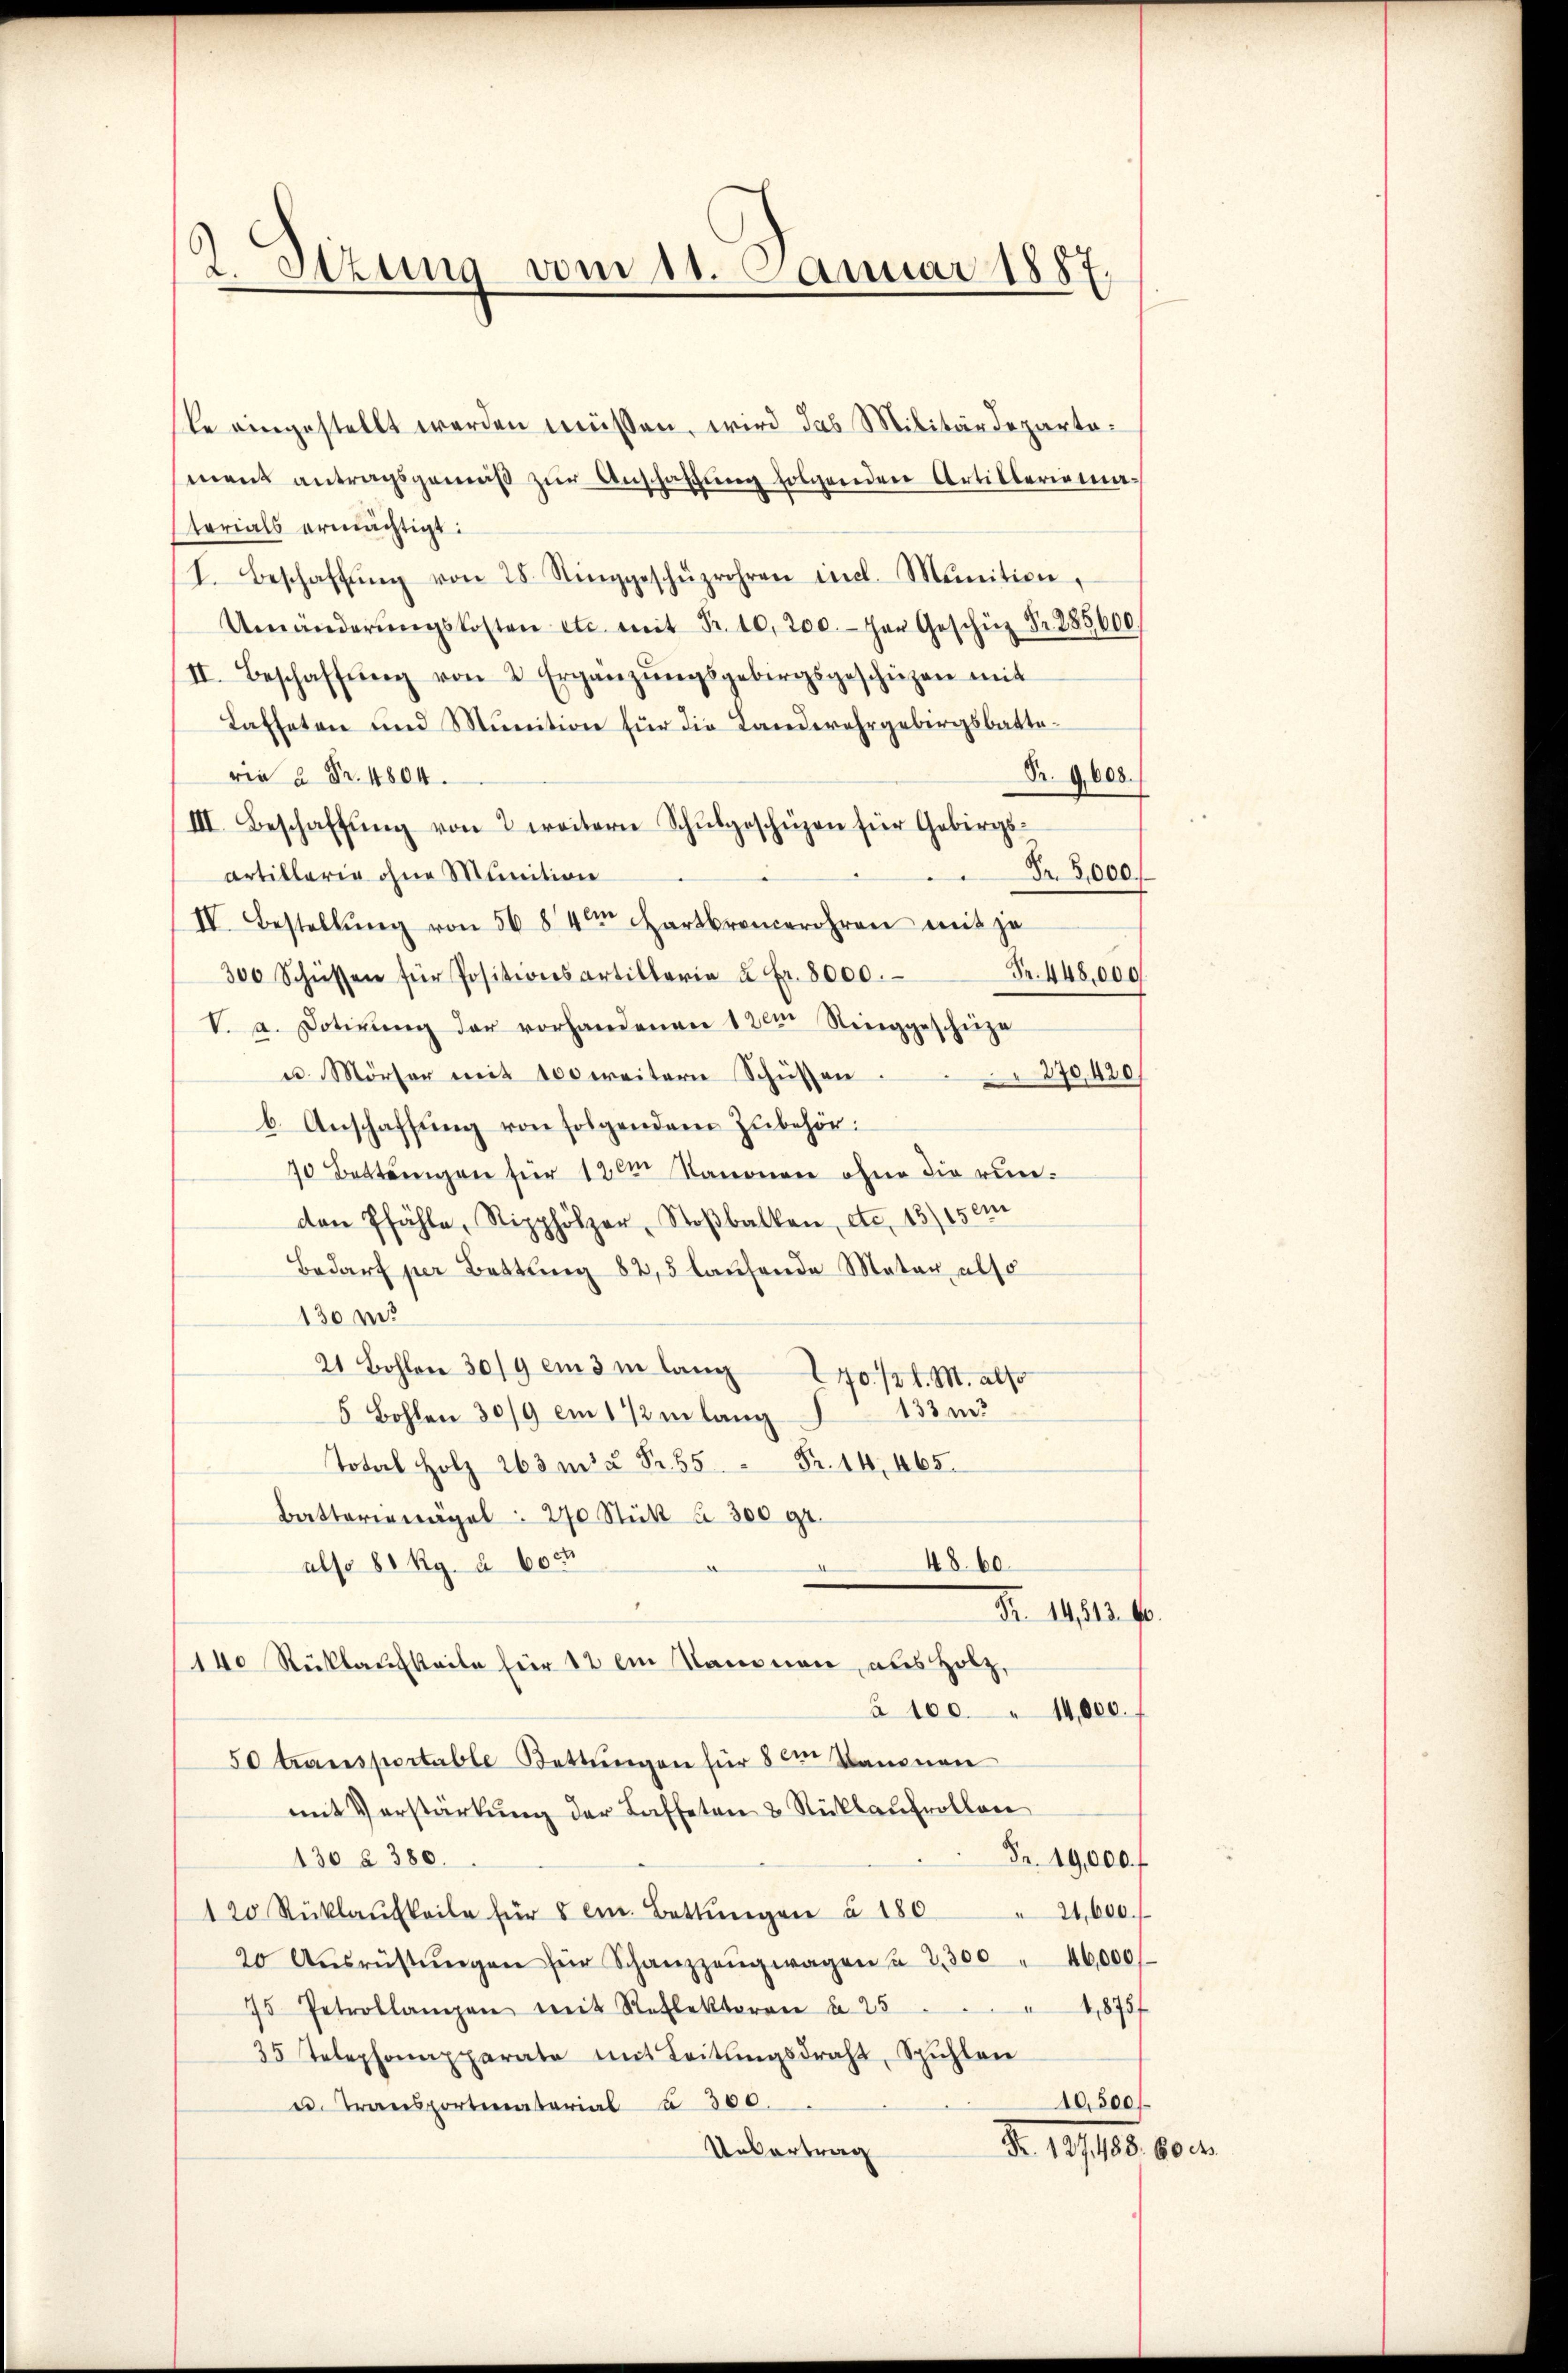
2 Sizung vom 11. Januar 1887.

sle eingestellt werden müssen, wird das Militärdepartement antragsgemäβ zŭr Anschaffŭng folgenden Artillerienaterials ermächtigt:
1. Beschaffŭng von 28. Ringgeschüzrohren incl. Munition,
Umänderŭngskosten etc. mit Fr. 10,200. an Geschüz Nr. 285600.
II. Beschaffŭng von 2 Ergänzŭngsgebirgsgeschützen mit
Laffeten und Munition für die Landwehrgebirgsbatte¬
Br. 9008.
rie 2 Fr. 1804.
III. Beschaffŭng von 2 weitern Schŭlgeschüzen für Gebirgs-
Fr. 2,000.
Artillarie ohne Munition
IV. Bestellŭng von 56 84 Hartbroncerohren mit je
300 Schüssen für Positionsartillaria u Fr. 8000. Fr. 448,000
V. a. Dotirŭng der vorhandenen 1 20m Ringgescheize
u. Mörser mit 100 weitern Schüssen.
270,420/
b. Anschaffung von folgendem Zubehör¬
70 Bettangen für 120 Nanonen ohne die runden Pfähle, Ripphölzer, Stoβbalken, etc. 13/15em
Bedarf per Bettung 82,5 laufende Mater also
130 m.
21 Bohlen 30/9 em 3 m lang 170 /2 l. M. also
133 m
5 Bohlen 30/9 am 1 1/2 in lang
Total Holz 263 m Fr. 55 Fr. 14. 465.
Batteringel : 270 Stück u. 300 gr.
48. 60
also 80 Rg. à 60 n
d
.
Nr. 14,813. 10.
140 Rückkaufkeile für 12 im Namonen, aus Holz,
à 100 " 14,000.
50 transportable Rettungen für 8 im Kanonen
mit Verstärkung der Lasteten & Rückkaufrollen
Fr. 19,000. f
130 à 380.
120 Rüklaŭfkeile für 5 cm. Bettŭngen à 180
24,000.
20 Aŭsrüstŭngen für Schanzengwagen u. 2300 " 46,000
4,875f
75 Petrollangen mit Reflektoren u. 25
35 Telephonapparate mit Leitŭngsdraht, Spühlen
10,500
u. Transporteraterial 300.
N. 11.10.10.1.
Untertrag